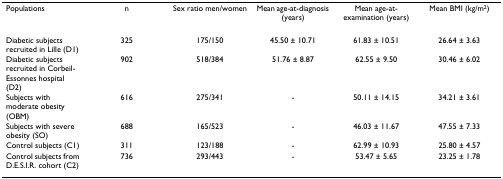
<table><thead><tr><td><b>Populations</b></td><td><b>n</b></td><td><b>Sex ratio men/women</b></td><td><b>Mean age-at-diagnosis (years)</b></td><td><b>Mean age-at-examination (years)</b></td><td><b>Mean BMI (kg/m<sup>2</sup>)</b></td></tr></thead><tbody><tr><td>Diabetic subjects recruited in Lille (D1)</td><td>325</td><td>175/150</td><td>45.50 ± 10.71</td><td>61.83 ± 10.51</td><td>26.64 ± 3.63</td></tr><tr><td>Diabetic subjects recruited in Corbeil-Essonnes hospital (D2)</td><td>902</td><td>518/384</td><td>51.76 ± 8.87</td><td>62.55 ± 9.50</td><td>30.46 ± 6.02</td></tr><tr><td>Subjects with moderate obesity (OBM)</td><td>616</td><td>275/341</td><td>-</td><td>50.11 ± 14.15</td><td>34.21 ± 3.61</td></tr><tr><td>Subjects with severe obesity (SO)</td><td>688</td><td>165/523</td><td>-</td><td>46.03 ± 11.67</td><td>47.55 ± 7.33</td></tr><tr><td>Control subjects (C1)</td><td>311</td><td>123/188</td><td>-</td><td>62.99 ± 10.93</td><td>25.80 ± 4.57</td></tr><tr><td>Control subjects from D.E.S.I.R. cohort (C2)</td><td>736</td><td>293/443</td><td>-</td><td>53.47 ± 5.65</td><td>23.25 ± 1.78</td></tr></tbody></table>